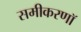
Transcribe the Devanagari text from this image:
समीकरणॉ